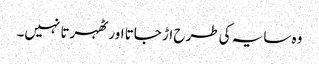
وہ سایہ کی طرح اڑ جاتا اور ٹھہرتا نہیں۔